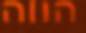
הווה